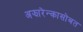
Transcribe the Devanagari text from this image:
अझारेन्कासोबत